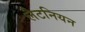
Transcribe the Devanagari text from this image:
लैटनियन